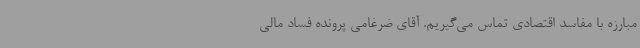
مبارزه با مفاسد اقتصادی تماس می‌گیریم. آقای ضرغامی پرونده فساد مالی